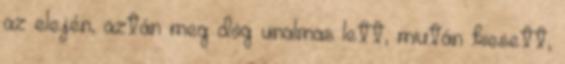
az elején, aztán meg dög unalmas lett, miután kiesett,